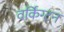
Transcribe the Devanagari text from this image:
वर्किंग्टन